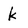
Character: k